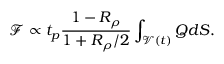
\mathcal { F } \propto t _ { p } \frac { 1 - R _ { \rho } } { 1 + R _ { \rho } / 2 } \int _ { \mathcal { V } ( t ) } Q d S .